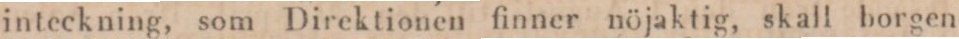
inteckning, som Direktionen finner nöjaktig, skall borgen